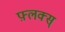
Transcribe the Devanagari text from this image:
फ़्लक्स्